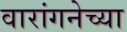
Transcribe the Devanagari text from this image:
वारांगनेच्या